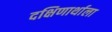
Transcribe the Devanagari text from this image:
दक्षिणार्थाला